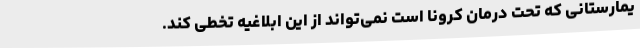
یمارستانی که تحت درمان کرونا است نمی‌تواند از این ابلاغیه تخطی کند.